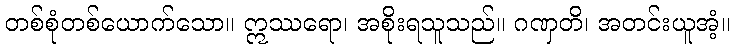
တစ်စုံတစ်ယောက်သော။ ဣဿရော၊ အစိုးရသူသည်။ ဂဏှတိ၊ အတင်းယူအံ့။